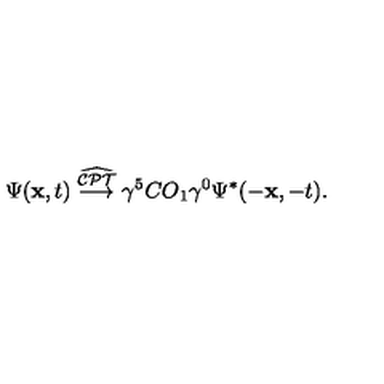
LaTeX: \Psi ( { \bf x } , t ) \stackrel { \widehat { \cal C P T } } \longrightarrow \gamma ^ { 5 } C O _ { 1 } \gamma ^ { 0 } \Psi ^ { * } ( - { \bf x } , - t ) .